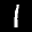
Label: 1